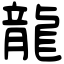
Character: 龍